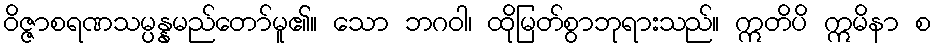
ဝိဇ္ဇာစရဏသမ္ပန္နမည်တော်မူ၏။ သော ဘဂဝါ၊ ထိုမြတ်စွာဘုရားသည်။ ဣတိပိ ဣမိနာ စ